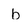
Character: b